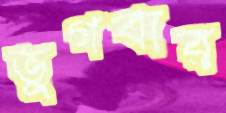
ভুগবার